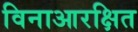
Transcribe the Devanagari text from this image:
विनाआरक्षित